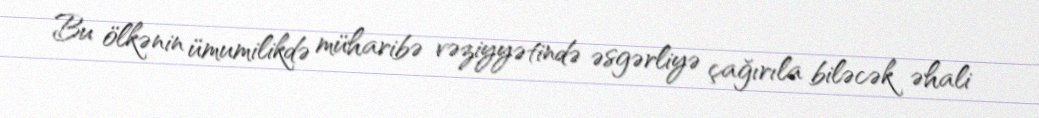
Bu ölkənin ümumilikdə müharibə vəziyyətində əsgərliyə çağırıla biləcək əhali